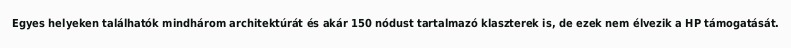
Egyes helyeken találhatók mindhárom architektúrát és akár 150 nódust tartalmazó klaszterek is, de ezek nem élvezik a HP támogatását.